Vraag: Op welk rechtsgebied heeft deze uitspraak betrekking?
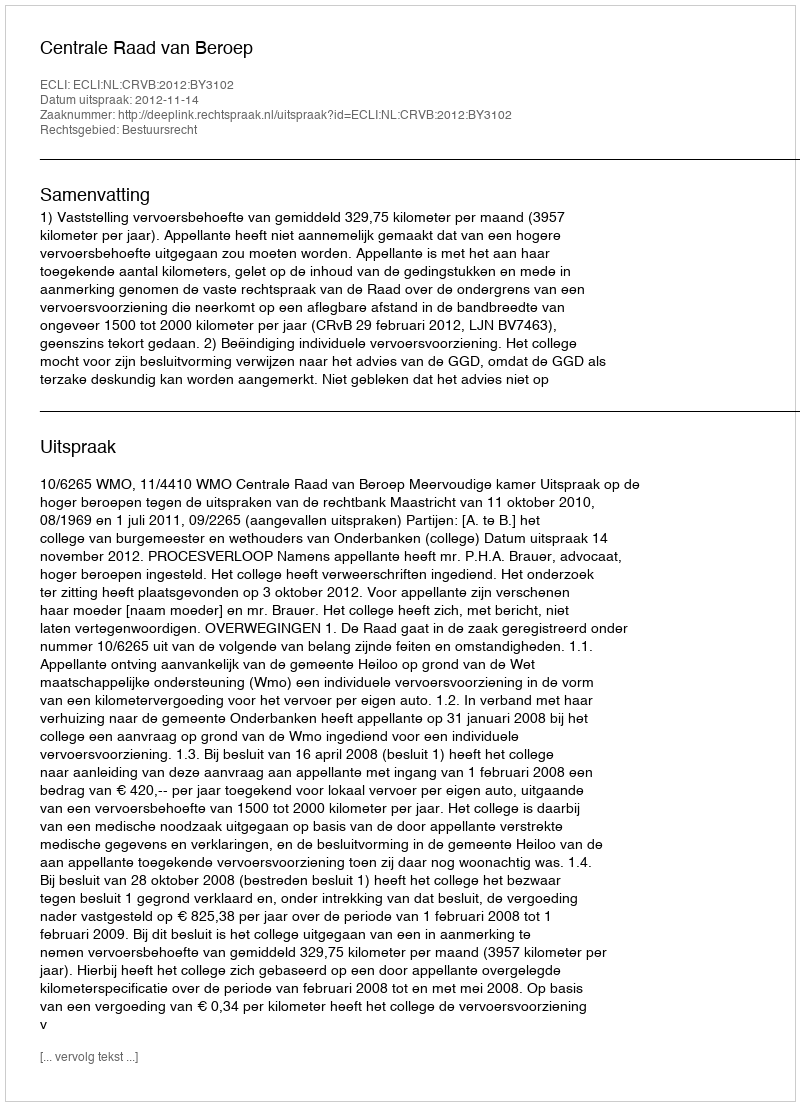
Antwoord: Bestuursrecht